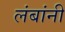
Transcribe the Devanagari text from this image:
लंबांनी